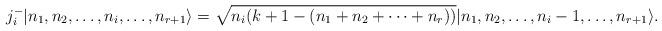
LaTeX: \begin{align*}j^-_i\vert n_1, n_2,\dots, n_i,\dots, n_{r+1}\rangle = \sqrt{n_i(k +1 - (n_1+n_2+\cdots+n_{r}))} \vert n_1, n_2,\dots,n_i-1 ,\dots,n_{r+1}\rangle.\end{align*}